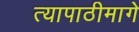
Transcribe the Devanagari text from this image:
त्यापाठीमागे